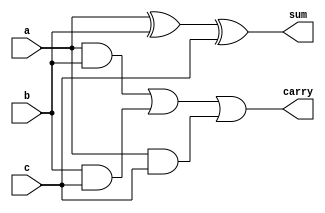
`timescale 1ns / 1ps
//////////////////////////////////////////////////////////////////////////////////
// Company: 
// Engineer: 
// 
// Design Name: 
// Module Name: fa
// Project Name: 
// Target Devices: 
// Tool Versions: 
// Description: 
// 
// Dependencies: 
// 
// Revision:
// Revision 0.01 - File Created
// Additional Comments:
// 
//////////////////////////////////////////////////////////////////////////////////

module fa(a, b, c, sum, carry);
input a,b,c;
output sum,carry;
wire d,e,f;
xor(sum,a,b,c);
and(d,a,b);
and(e,b,c);
and(f,a,c);
or(carry,d,e,f);
endmodule